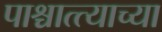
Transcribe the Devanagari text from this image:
पाश्चात्त्याच्या